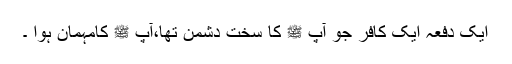
ایک دفعہ ایک کافر جو آپ ﷺ کا سخت دشمن تھا،آپ ﷺ کامہمان ہوا ۔